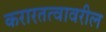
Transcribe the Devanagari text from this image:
करारतत्वावरील